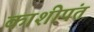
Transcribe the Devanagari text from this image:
काशीपंत